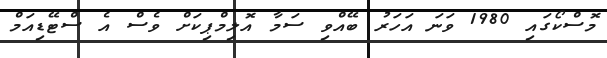
މޮސްކޯގައި 1980 ވަނަ އަހަރު ބޭއްވި ސަމާ އޮލިމްޕިކަށް ވެސް އެ ސްޓޭޑިއަމް